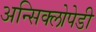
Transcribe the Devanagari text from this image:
अन्सिक्लोपेडी